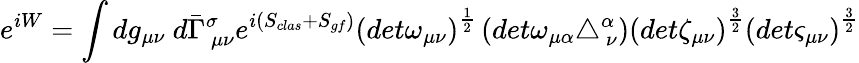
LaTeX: e^{iW}=\int dg_{\mu\nu}~d\bar{\Gamma}_{~\mu\nu}^{\sigma}e^{i\left(S_{clas}+S_{gf}\right)}\left(det\omega_{\mu\nu}\right)^{\frac{1}{2}}\left(det\omega_{\mu\alpha}\triangle_{~\nu}^{\alpha}\right)\left(det\zeta_{\mu\nu}\right)^{\frac{3}{2}}\left(det\varsigma_{\mu\nu}\right)^{\frac{3}{2}}